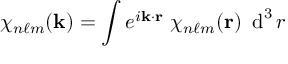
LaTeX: \chi _ { n \ell m } ( { \mathbf { k } } ) = \int e ^ { i { \mathbf { k } } \cdot { \mathbf { r } } } ~ \chi _ { n \ell m } ( { \mathbf { r } } ) ~ \operatorname { d } ^ { 3 } r